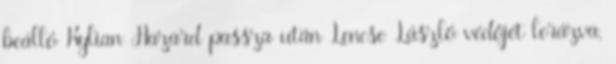
beálló Kylian Hazard passza után Lencse László védőjét lerázva,